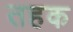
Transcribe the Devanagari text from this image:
तहक